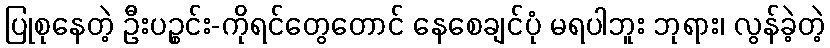
ပြုစုနေတဲ့ ဦးပဉ္စင်း-ကိုရင်တွေတောင် နေစေချင်ပုံ မရပါဘူး ဘုရား၊ လွန်ခဲ့တဲ့